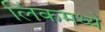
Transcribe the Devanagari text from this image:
लिंकमध्ये